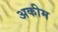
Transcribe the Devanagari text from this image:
अकीम